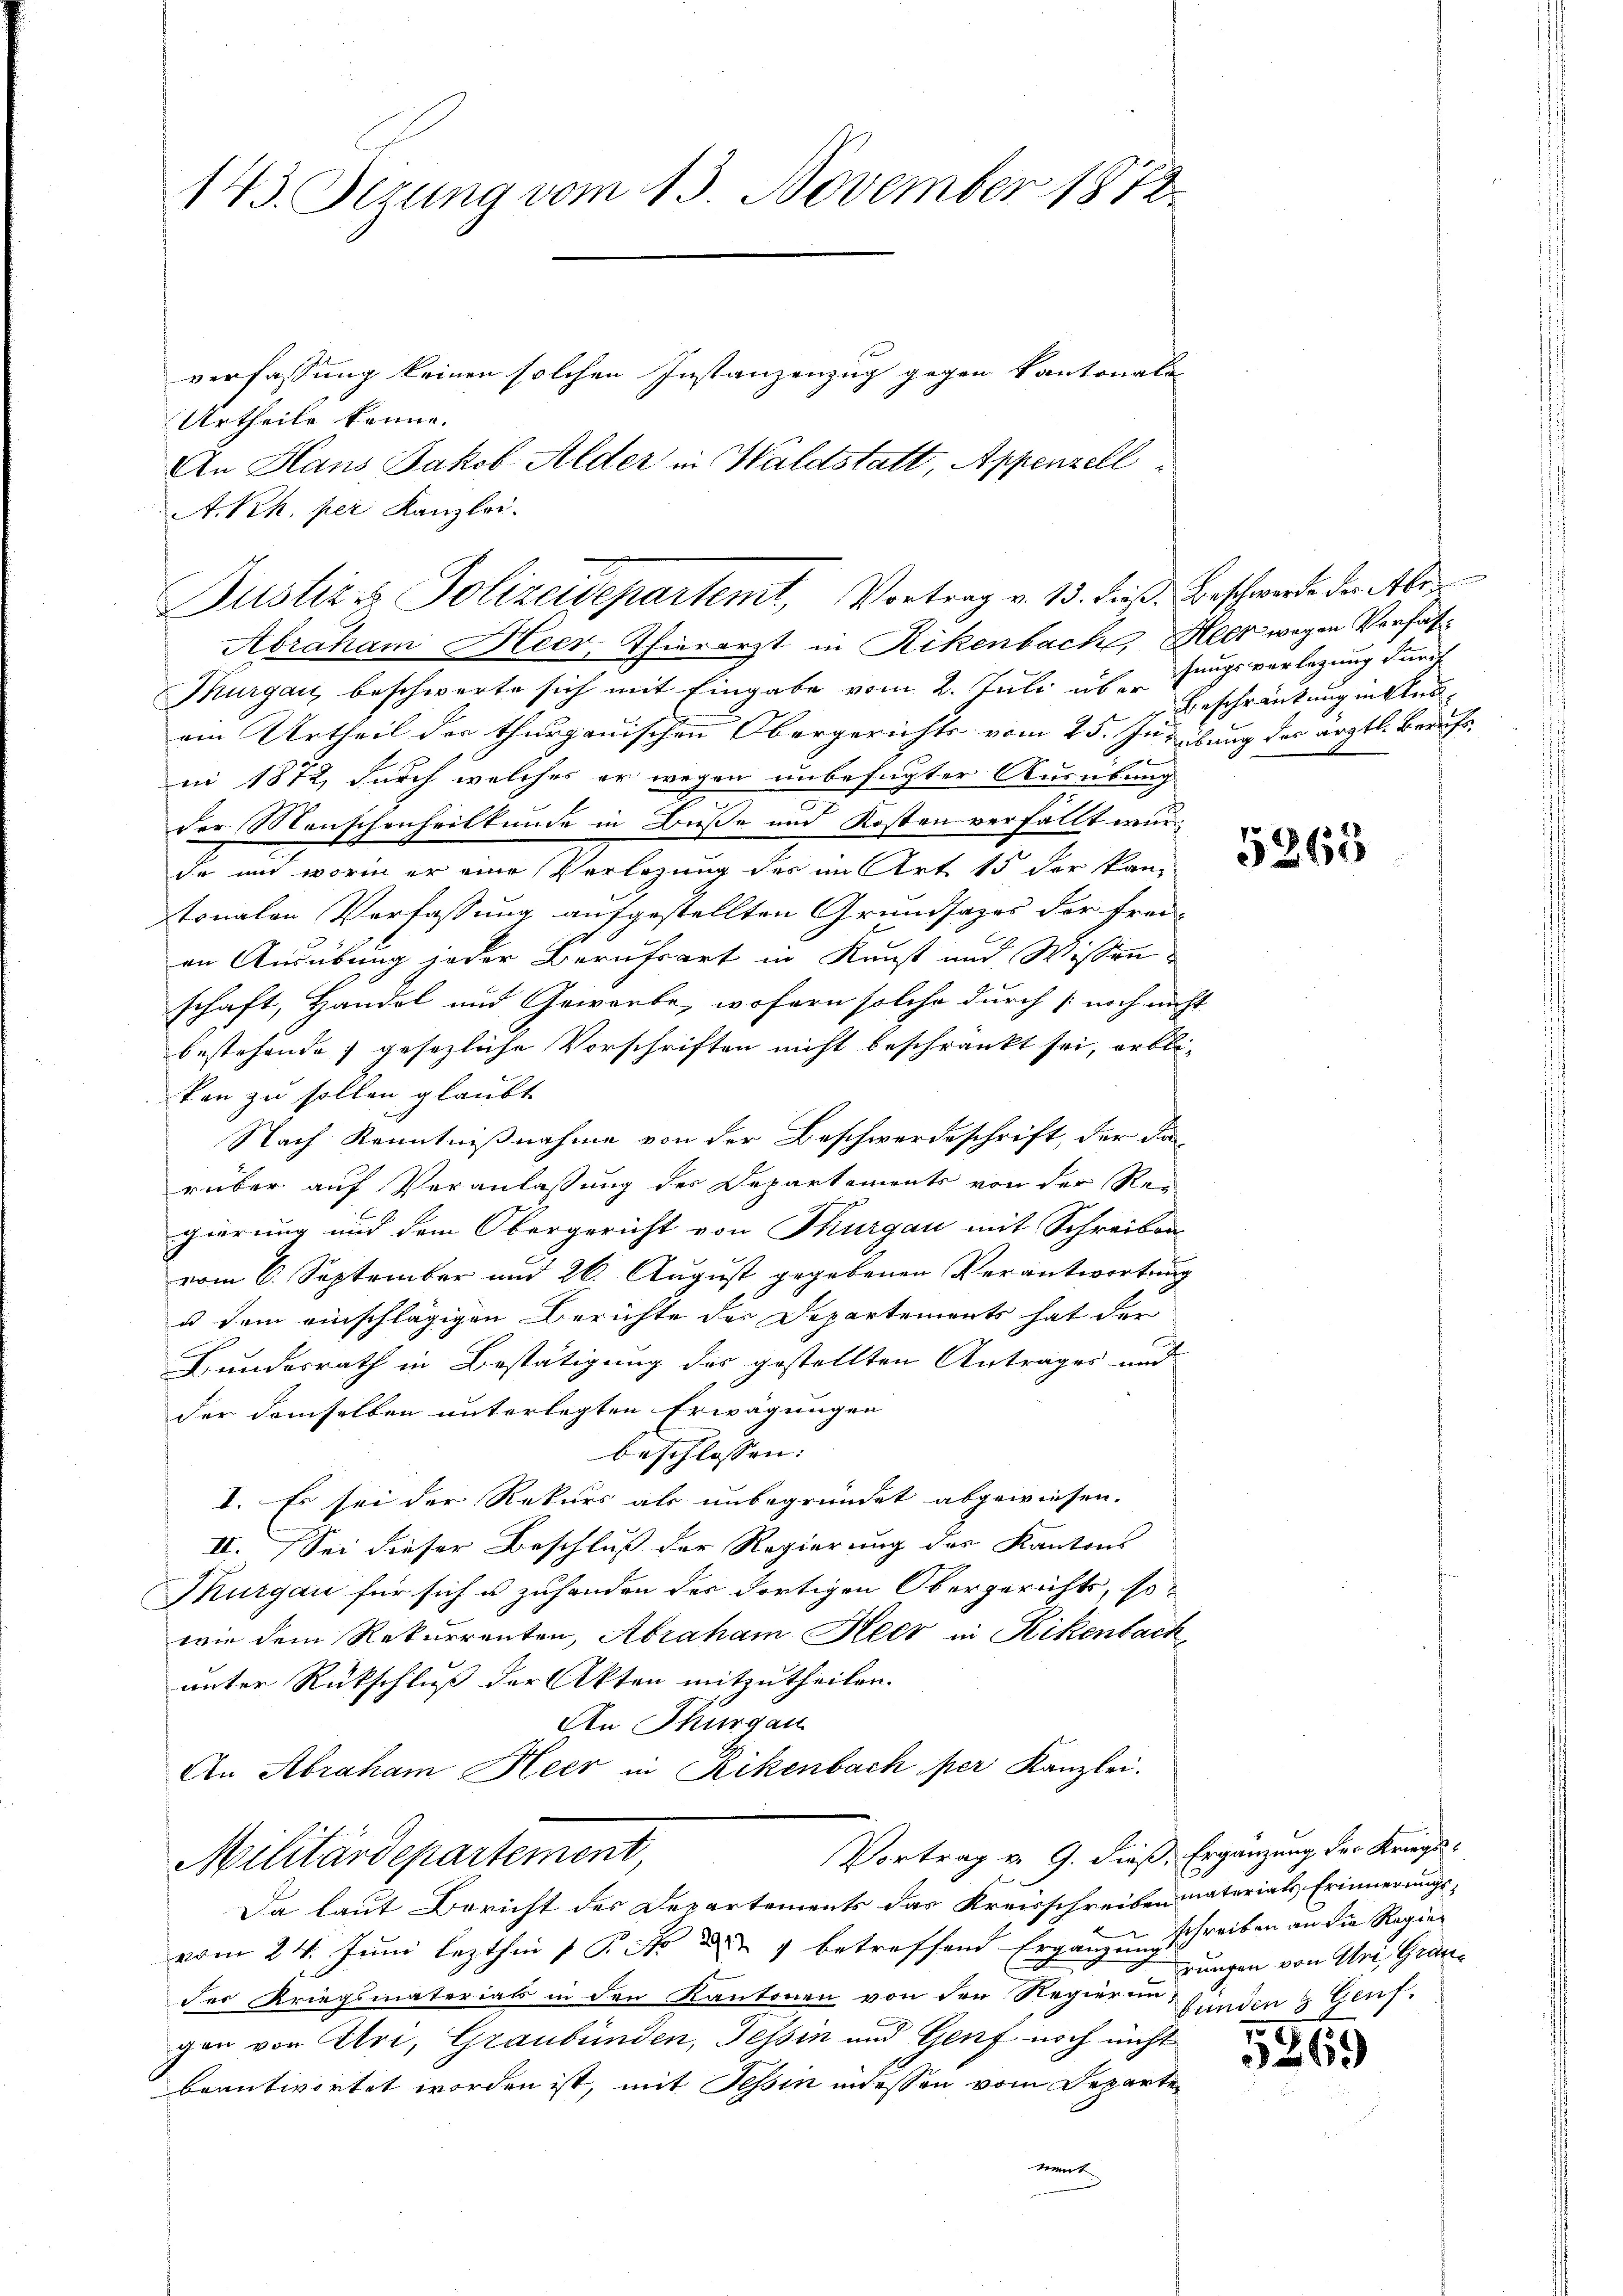
143. Sezung vom 15. November 1872

verfassung keinen solchen Instanzenzug gegen Kantonale
Urtheile kenne.
An Hans Jakob Alder in Waldstatt, Appenzell
A.Rh. per Kanzlei.
Abraham Heer, Thierarzt in Rikenbach, Heck wegen Verfas¬
Thurgau, beschwerte sich mit Eingabe vom 2. Juli über Beschränkung in Ausam Urtheil der thurgauischen Obergerichts vom 25. Juribung des ärztl. Berufsni 1872, durch welches er wegen unbefugter Ausübung
der Menschenheilkunde in Buße und Kosten verfällt wurde und worin er eine Verlegung des im Art 15 der kan-
tonalen Verfassung aufgestellten Grundsatzes der frei-
an Ausübung jeder Berufsart in Kunst und Wissen
schaft, Handel und Gewerbe, wofern solche durch noch un-
bestehende gesezliche Vorschriften nicht beschränkt sei, erble
ten zu sollen glaubt
Nach Kenntnißnahme von der Beschwerdeschrift, der da
rüber auf Veranlassung des Departements von der Reg
gierung und dem Obergericht von Thurgau mit Schreiben
vom 6. September und 26. August gegebenen Verantwortung
u dem einschlägigen Berichte der Departements hat der
Bundesrath in Bestätigung des gestellten Antrages und
der demselben unterlegten Erwägungen
beschlossen: |
I. Es sei der Rekurs als unbegründet abgewiesen.
II. Sei dieser Beschluß der Regierung des Kantons
Thurgau für sich u zuhanden der dortigen Obergerichts, so
wie dem Rekurrenten, Abraham Heer in Rikenbach
unter Rückschluß der Akten mitzutheilen.
An Thurgau
An Abraham Heer in Rikenbach per Kanzlei.
Vortrag v. 9. dieß, Ergänzung der Kriegs¬
Militärdepartement,
Da laut Bericht des Departements das Kreisschreiben materiats Erinnerungsvom 24. Juni lezthin 1 P. Nr. d. 1 betreffend Ergänzung schreiben an die Regier
der Kriegsmaterials in den Kantonen von den Regierung finden & Genf.
gen von Uri, Graubünden, Tessin und Genf noch nicht
beantwortet worden ist, mit Tessin indessen vom Departe
ment

Justiz & Polizeidepartemt, Vortrag v. 13. dieß. Beschwerde der Abr

sungsverlegung durch

5365

rungen von Uri, Grau¬

5269)